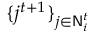
\{ j ^ { t + 1 } \} _ { j \in \mathsf { N } _ { i } ^ { t } }